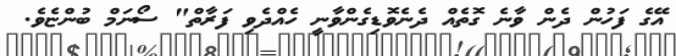
އޭގެ ފަހުން ދެން ވާނެ ގޮތެއް ދެނެވޮޑިގެންވާނީ ހެއްދެވި ފަރާތް" ސޯނަމް ބުންޏެވެ.